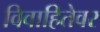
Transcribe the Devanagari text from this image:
विवाहितेवर